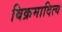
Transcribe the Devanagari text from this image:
बिक्रमादित्य